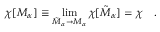
\chi [ { \cal M } _ { \alpha } ] \equiv \operatorname * { l i m } _ { { \tilde { \cal M } } _ { \alpha } \rightarrow { \cal M } _ { \alpha } } \chi [ { \tilde { \cal M } } _ { \alpha } ] = \chi ~ ~ ~ .